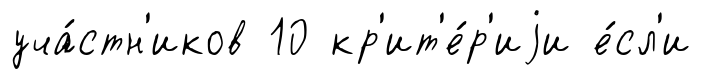
уча́стн'иков 10 кр'ит'е́р'иjи е́сл'и